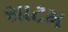
સાટમ